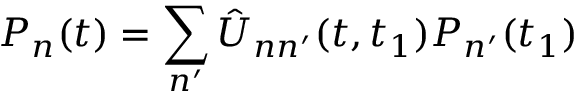
P _ { n } ( t ) = \sum _ { n ^ { \prime } } \hat { U } _ { n n ^ { \prime } } ( t , t _ { 1 } ) P _ { n ^ { \prime } } ( t _ { 1 } )